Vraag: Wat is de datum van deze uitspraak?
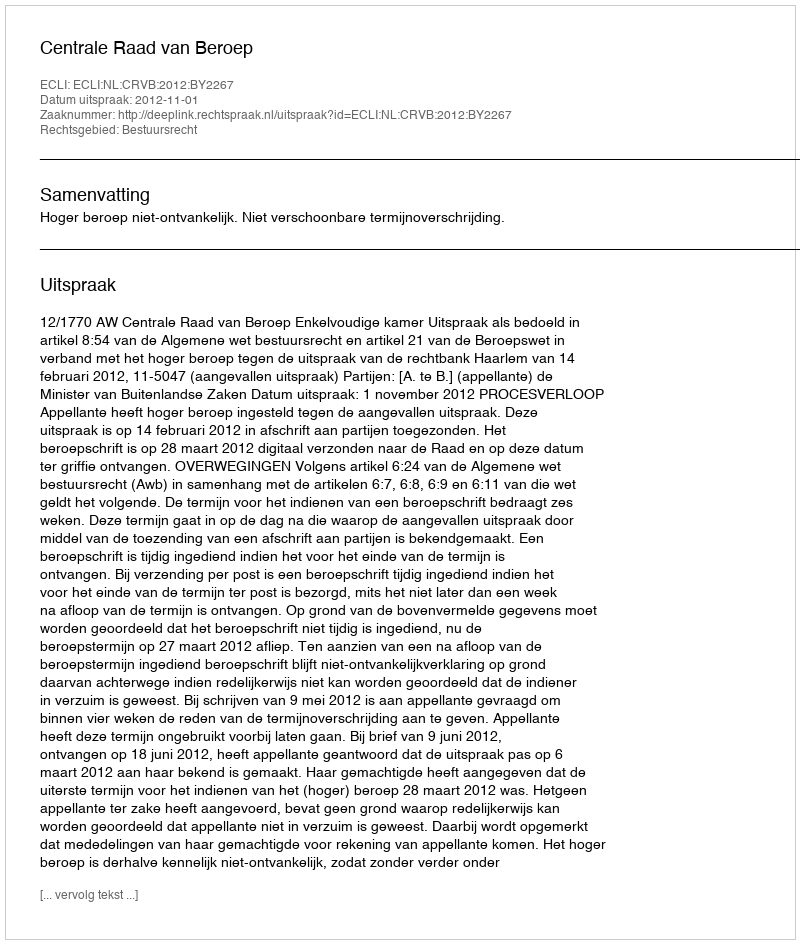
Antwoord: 2012-11-01